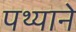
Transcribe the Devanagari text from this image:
पथ्याने